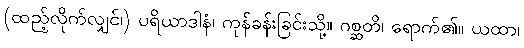
(ထည့်လိုက်လျှင်၊) ပရိယာဒါနံ၊ ကုန်ခန်းခြင်းသို့။ ဂစ္ဆတိ၊ ရောက်၏။ ယထာ၊